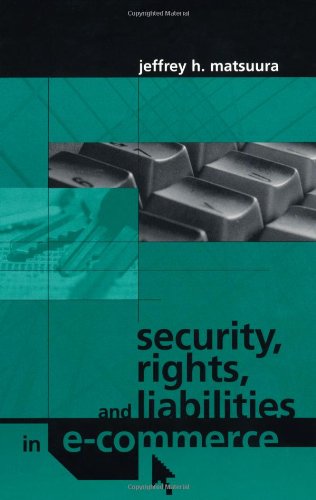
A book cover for Security, Rights, & Liabilities in E-Commerce; Jeffrey H. Matsuura; Law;